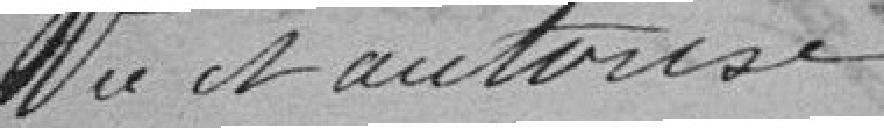
Vu et autorisé